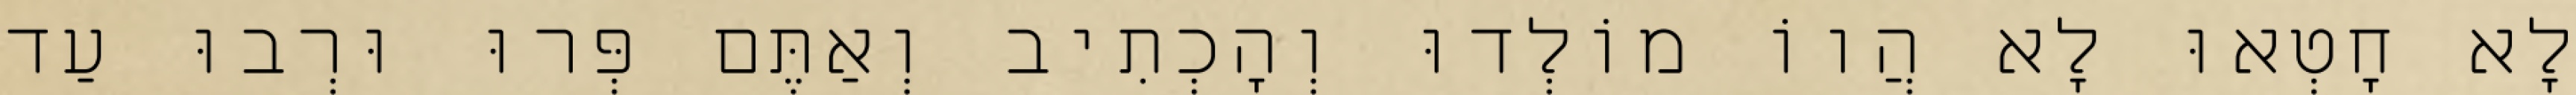
לָא חָטְאוּ לָא הֲווֹ מוֹלְדוּ וְהָכְתִיב וְאַתֶּם פְּרוּ וּרְבוּ עַד